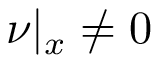
\nu | _ { x } \neq 0